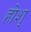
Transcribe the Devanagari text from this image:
होश्